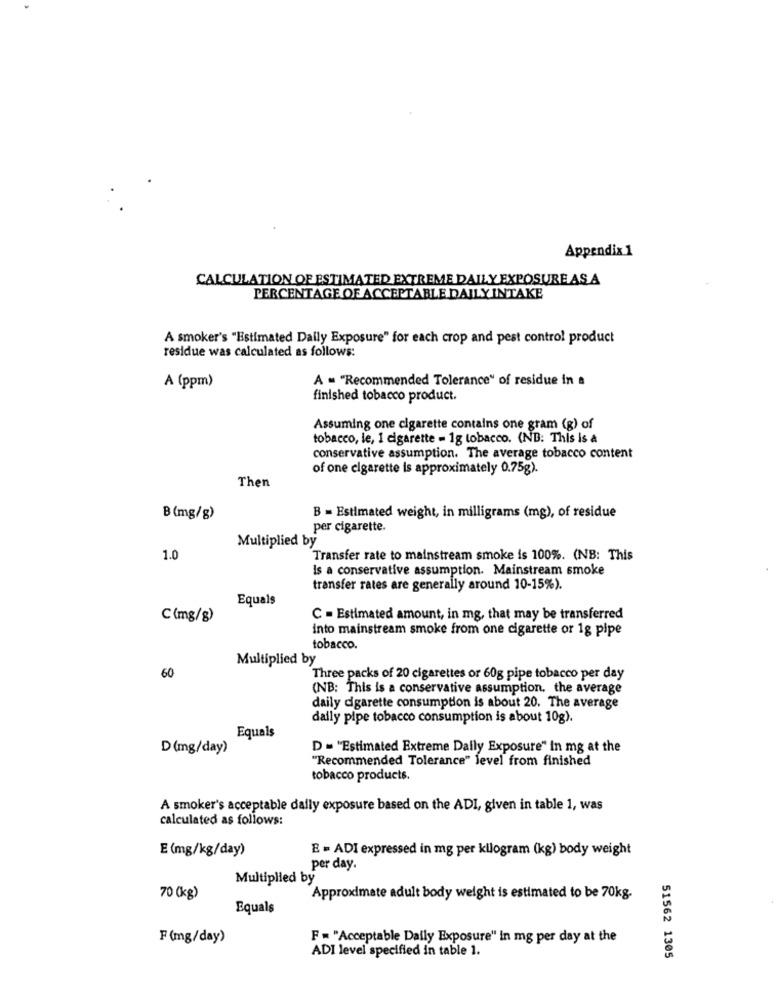
Appendix 1
CALCULATION OF ESTIMATED EXTREME DAILY EXPOSURE AS A
PERCENTAGE OF ACCEPTABLE DAILY INTAKE
A smoker's "Estimated Daily Exposure" for each crop and pest control product
residue was calculated as follows:
A = "Recommended Tolerance" of residue in a
A (ppm)
finished tobacco product.
Assuming one cigarette contains one gram (g) of
tobacco, le, 1 cigarette - 1g tobacco. (NB: This is a
conservative assumption. The average tobacco content
of one cigarette is approximately 0.75g).
Then
B (mg/g)
B = Estimated weight, in milligrams (mg), of residue
per cigarette.
Multiplied by
1.0
Transfer rate to mainstream smoke is 100%. (NB: This
Is a conservative assumption. Mainstream smoke
transfer rates are generally around 10-15%).
Equals
C(mg/g)
C = Estimated amount, in mg, that may be transferred
into mainstream smoke from one cigarette or 1g pipe
tobacco.
Multiplied by
60
Three packs of 20 cigarettes or 60g pipe tobacco per day
(NB: This is a conservative assumption, the average
daily cigarette consumption is about 20. The average
daily pipe tobacco consumption is about 10g).
Equals
D(mg/day)
D = "Estimated Extreme Dally Exposure" In mg at the
"Recommended Tolerance" level from finished
tobacco products.
A smoker's acceptable daily exposure based on the ADI, given in table 1, was
calculated as follows:
E (mg/kg/day)
E = ADI expressed in mg per kilogram (kg) body weight
per day.
Multiplied by
70 (kg)
Approximate adult body weight is estimated to be 70kg.
Equals
F (mg/day)
F = "Acceptable Daily Exposure" In mg per day at the
ADI level specified in table 1.
51562 1305